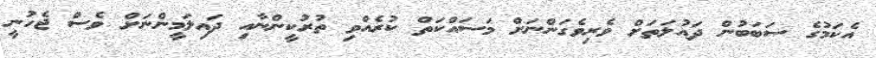
އެކަމުގެ ސަބަބުން ދައުލަތަށް ވެރިވެގަންނަށް މަސައްކަތް ކުރެއްވި ތުރުކީންނާއި ދައިލަމީންނަށް ވެސް ޖެހުނީ